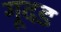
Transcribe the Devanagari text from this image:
गूदड